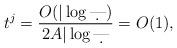
LaTeX: \begin{align*} t^j = \frac{O(|\log\d|)}{2A|\log\d|} = O(1), \end{align*}